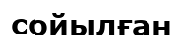
сойылған